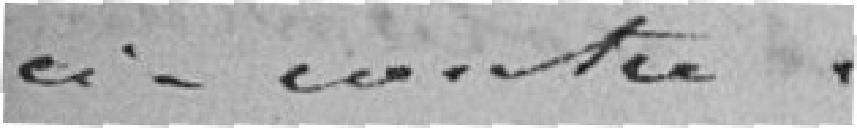
ci-contre